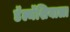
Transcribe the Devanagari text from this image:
डॅल्मॅशियाला